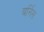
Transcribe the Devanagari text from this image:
बर्निस